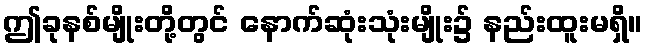
ဤခုနစ်မျိုးတို့တွင် နောက်ဆုံးသုံးမျိုး၌ နည်းထူးမရှိ။